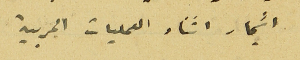
اشجار اثناء العمليات الحربية